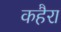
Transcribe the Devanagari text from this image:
कहैरा